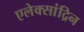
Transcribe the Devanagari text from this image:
एलेक्सांद्रिन